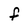
Character: f